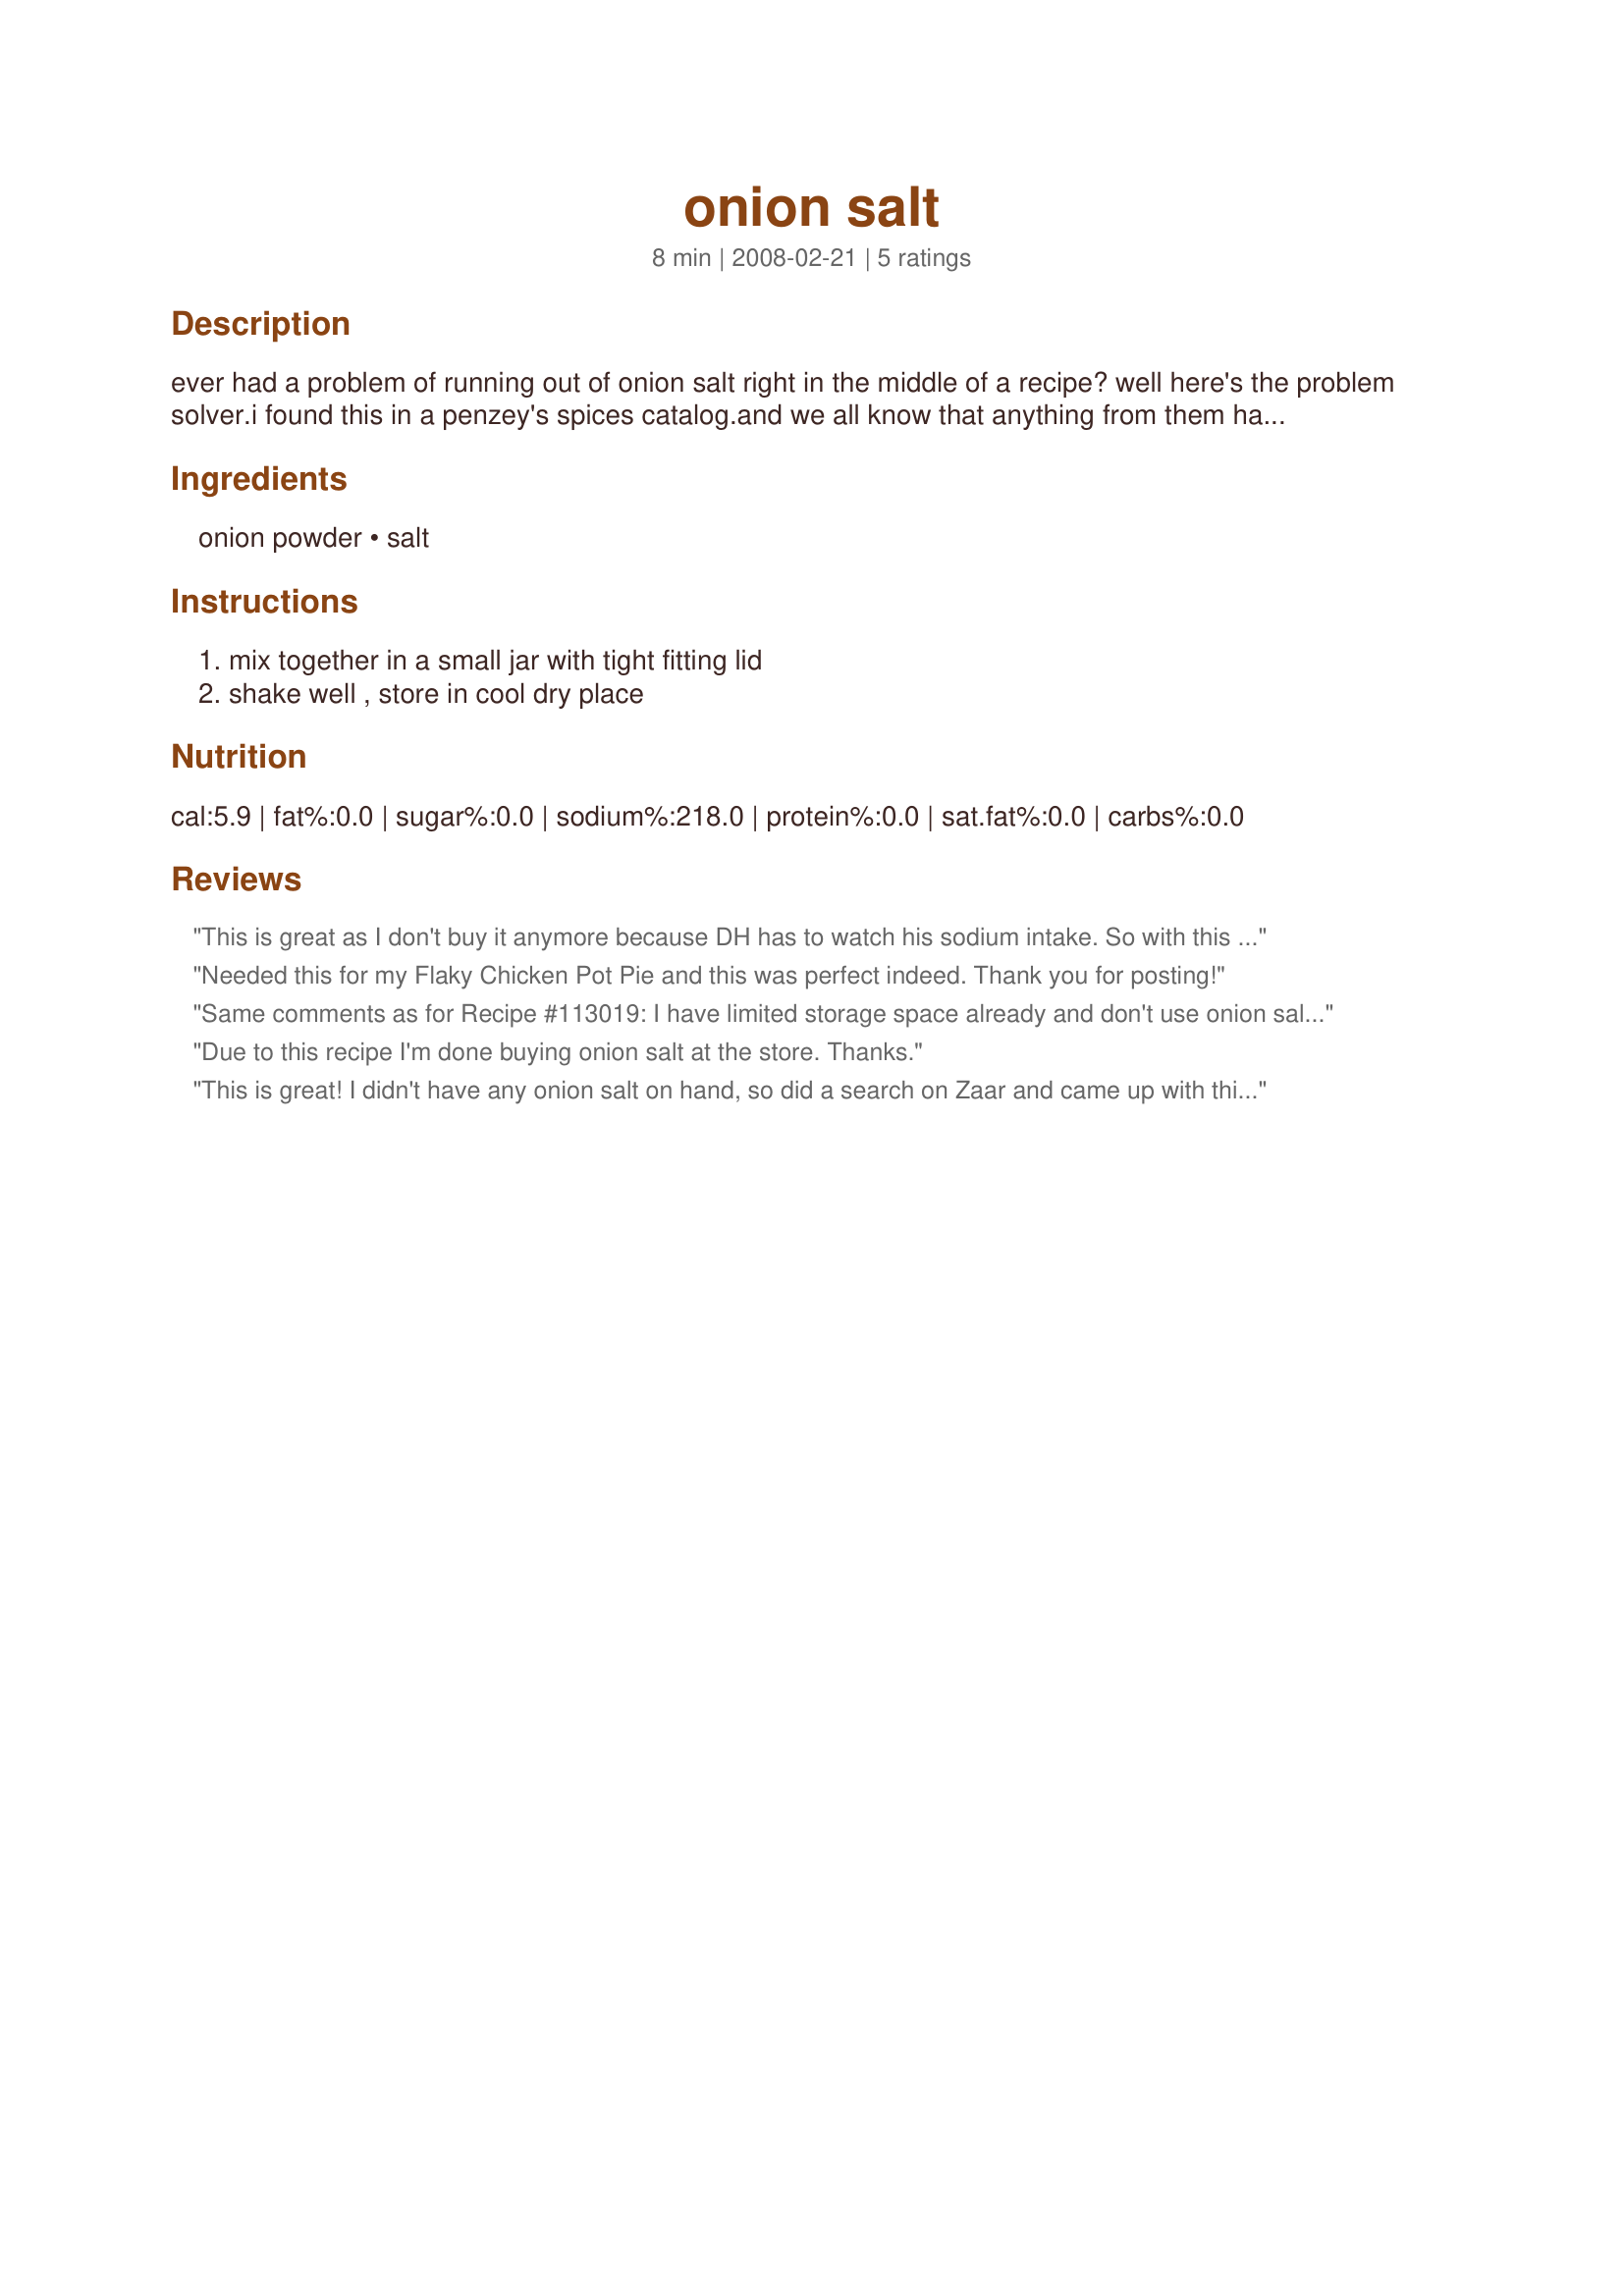
onion salt
Preparation time: 8 minutes

ever had a problem of running out of onion salt right in the middle of a recipe?
well here's the problem solver.i found this in a penzey's spices catalog.and we all know that anything from them has to be good :) use as you would regular onion salt.submitted to "zaar" on febraury 20th,2008

Ingredients:
onion powder, salt

Steps:
mix together in a small jar with tight fitting lid, shake well , store in cool dry place

Reviews:
This is great as I don't buy it anymore because DH has to watch his sodium intake. So with this recipe it's just a small amount, perfect. Thanks Chef shapeweaver :) Made for Photo tag
Needed this for my Flaky Chicken Pot Pie and this was perfect indeed. Thank you for posting!
Same comments as for Recipe #113019: I have limited storage space already and don't use onion salt that often. Now I don't have to clutter the cabinet with an extra spice jar and I can make this up "fresh" when I need. The 3:1 ratio is spot on. Used this for my Chex Mix today. Thanks.
Due to this recipe I'm done buying onion salt at the store. Thanks.
This is great! I didn't have any onion salt on hand, so did a search on Zaar and came up with this recipe.Now I have onion salt and saved some money as well. Thanks for the great recipe! I will definitely use this again!
